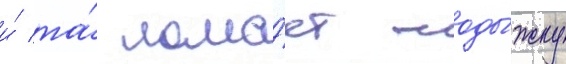
и́ та́ лома́ет лоды́жку